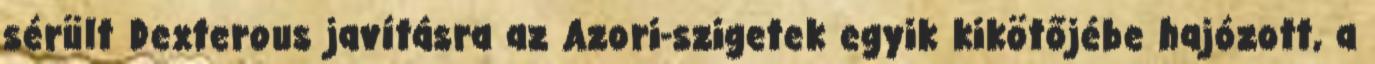
sérült Dexterous javításra az Azori-szigetek egyik kikötőjébe hajózott, a